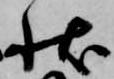
状